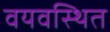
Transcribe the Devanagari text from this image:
वयवस्थित